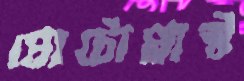
প্রোটোপ্লাস্ট